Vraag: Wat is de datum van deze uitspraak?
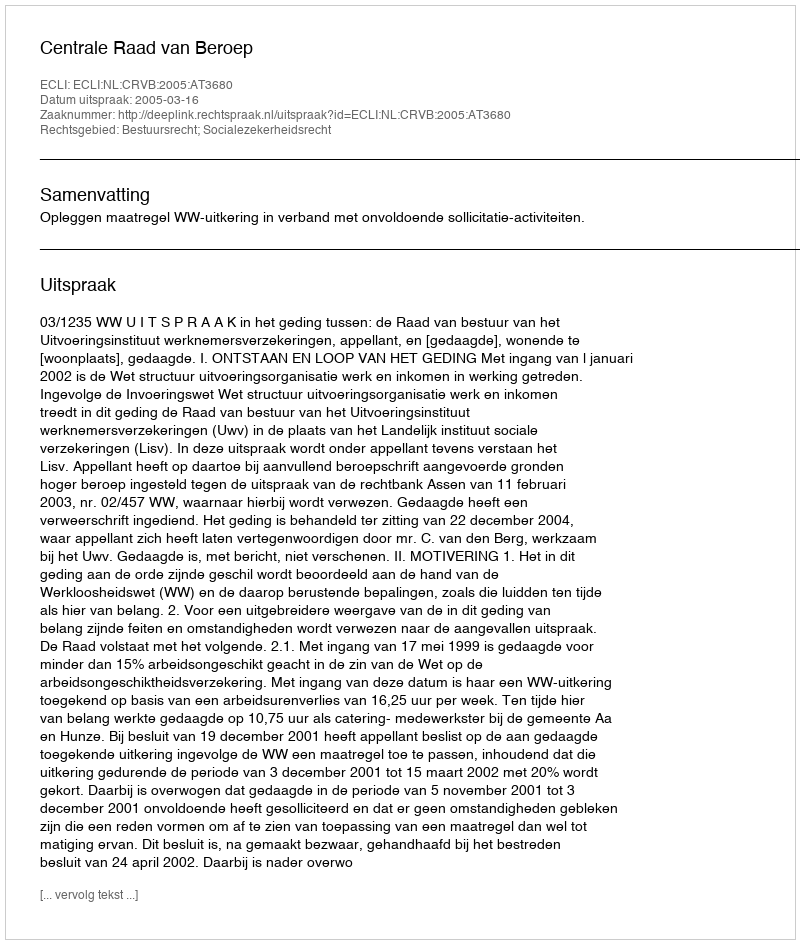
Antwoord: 2005-03-16